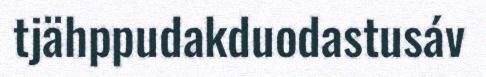
tjähppudakduodastusáv